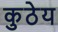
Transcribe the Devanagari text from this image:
कुठेय